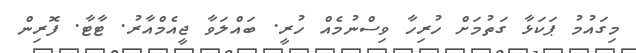
މިގައުމު ޕަކަޅާ ގަތުމަށް ހުރިހާ ވިސްނުމެއް ހުރީ. ބައްލަވާ ޖީއެމްއާރު. ޓާޓާ. ފޮރިން